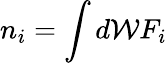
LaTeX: n_{i}=\int d\mathcal{W}F_{i}